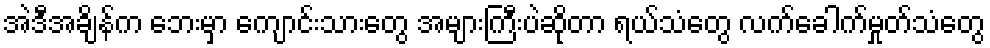
အဲဒီအချိန်က ဘေးမှာ ကျောင်းသားတွေ အများကြီးပဲဆိုတာ ရယ်သံတွေ လက်ခေါက်မှုတ်သံတွေ